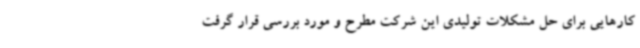
کارهایی برای حل مشکلات تولیدی این شرکت مطرح و مورد بررسی قرار گرفت